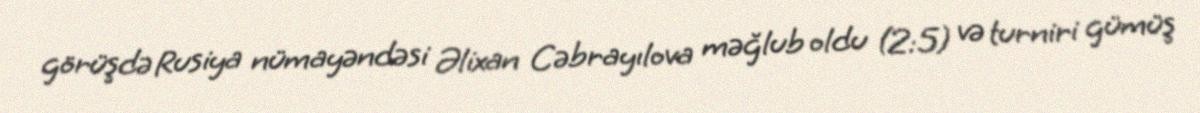
görüşdə Rusiya nümayəndəsi Əlixan Cəbrayılova məğlub oldu (2:5) və turniri gümüş